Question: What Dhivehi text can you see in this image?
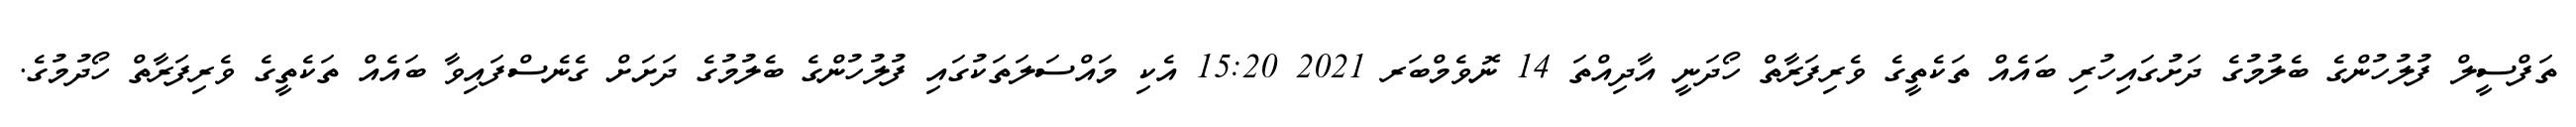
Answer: ތަފްސީލް ފުލުހުންގެ ބެލުމުގެ ދަށުގައިހުރި ބައެއް ތަކެތީގެ ވެރިފަރާތް ހޯދަނީ އާދިއްތަ 14 ނޮވެމްބަރ 2021 15:20 އެކި މައްސަލަތަކުގައި ފުލުހުންގެ ބެލުމުގެ ދަށަށް ގެނެސްފައިވާ ބައެއް ތަކެތީގެ ވެރިފަރާތް ހޯދުމުގެ.